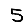
Digit: 5